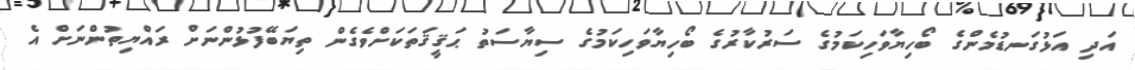
އަދި އަޅުގަނޑުމެންގެ ބޯހިޔާވަހިކަމުގެ ސަރުކާރުގެ ބޯހިޔާވަހިކަމުގެ ސިޔާސަތު ޙަޤީޤަތަކަށްވެގެން ތިޔަބޭފުޅުންނަށް ރައްޔިތުންނަށް އެ